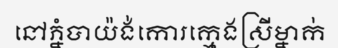
នៅភ្នំបាយ៉ង់កោរក្មេងស្រីម្នាក់